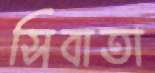
সিবাতা